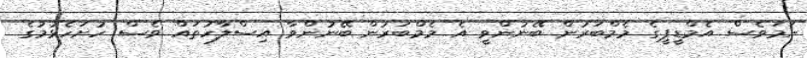
ނަމަވެސް އެމްޑީޕީގެ މެމްބަރުން ބޭނުންވީ އެ މެމްބަރުން ބޭނުންވާ އިސްލާހުތައް ވެސް ހުށަހެޅުމުގެ